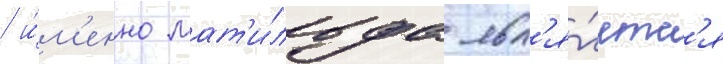
/ и́м'енно мат'и́льда явл'я́етс'я